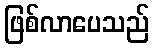
ဖြစ်လာပေသည်